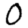
Digit: 0